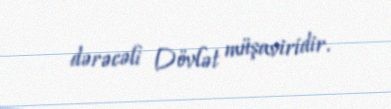
dərəcəli Dövlət müşaviridir.